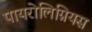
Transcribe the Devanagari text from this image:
पायरोलिग्नियस